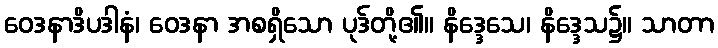
ဝေဒနာဒိပဒါနံ၊ ဝေဒနာ အစရှိသော ပုဒ်တို့၏။ နိဒ္ဒေသေ၊ နိဒ္ဒေသ၌။ သာတာ